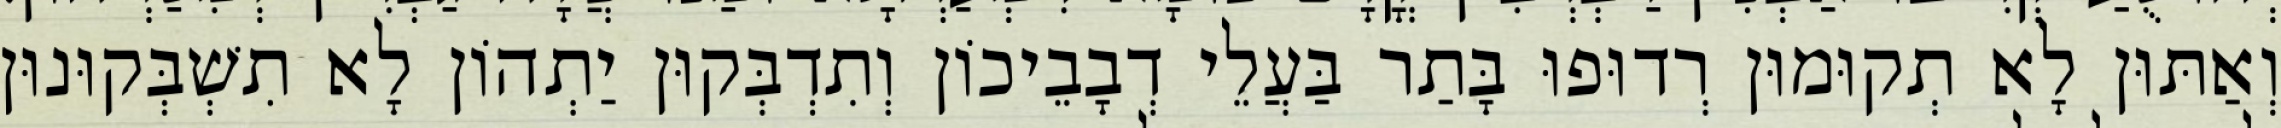
וְאַתּוּן לָא תְקוּמוּן רְדוּפוּ בָּתַר בַּעֲלֵי דְבָבֵיכוֹן וְתִדְבְּקוּן יַתְהוֹן לָא תִשְׁבְּקוּנוּן